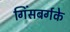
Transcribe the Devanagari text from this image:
गिंसबर्गके